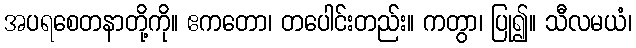
အပရစေတနာတို့ကို။ ဧကတော၊ တပေါင်းတည်း။ ကတွာ၊ ပြု၍။ သီလမယံ၊